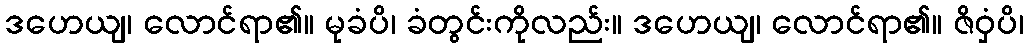
ဒဟေယျ၊ လောင်ရာ၏။ မုခံပိ၊ ခံတွင်းကိုလည်း။ ဒဟေယျ၊ လောင်ရာ၏။ ဇိဝှံပိ၊